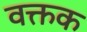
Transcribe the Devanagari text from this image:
वक्तक